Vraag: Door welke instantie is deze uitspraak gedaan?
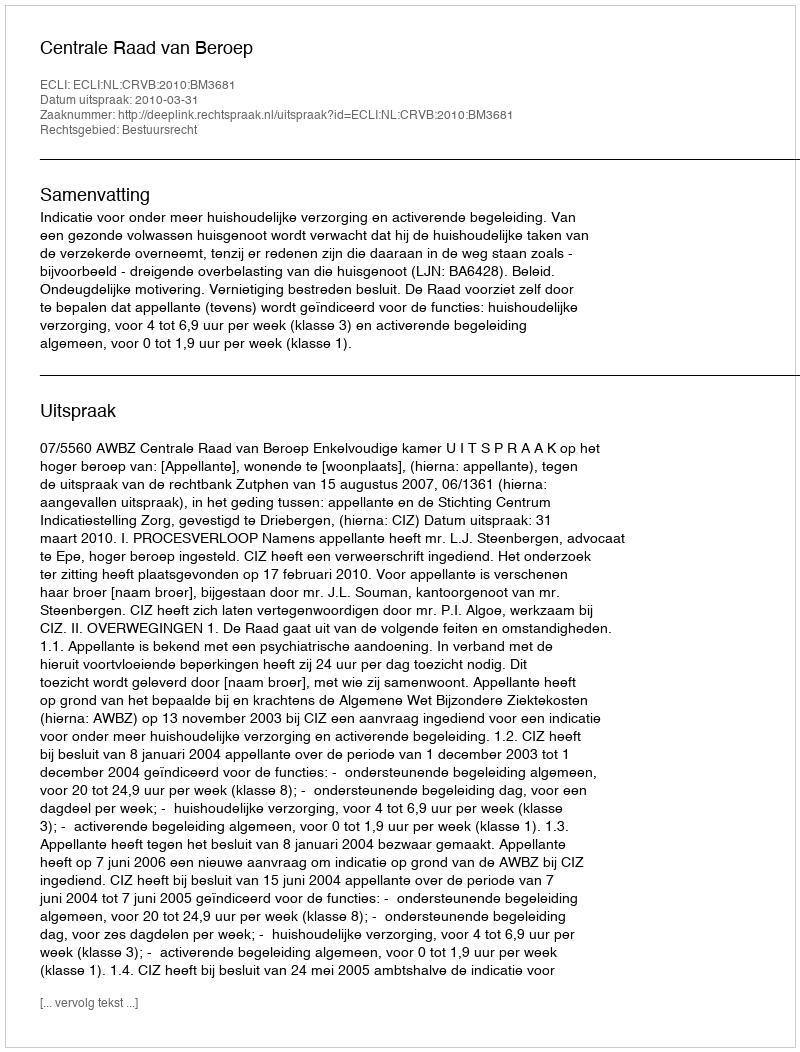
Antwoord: Centrale Raad van Beroep